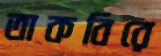
তাকবিরে